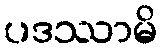
ပဒဿာမိ